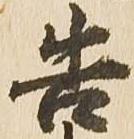
告